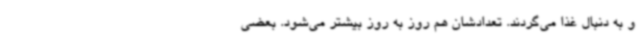
و به دنبال غذا می‌گردند. تعدادشان هم روز به روز بیشتر می‌شود. بعضی